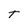
Character: t